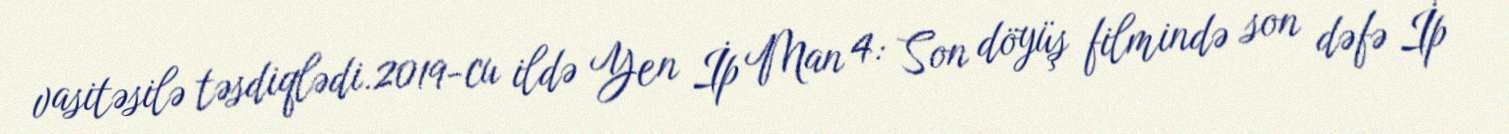
vasitəsilə təsdiqlədi.2019-cu ildə Yen İp Man 4: Son döyüş filmində son dəfə İp